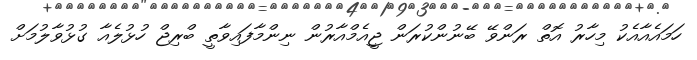
ހަމައެއާއެކު މިހާރު އޮތް ރަންވޭ ބޭނުންކުރަން ޖީއެމްއާރުން ނިންމާފައިވާތީ ބްރިޖް ހުޅުލެއާ ގުޅުވާލުމަށް